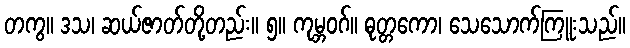
တကွ။ ဒသ၊ ဆယ်ဇာတ်တို့တည်း။ ၅။ ကုမ္ဘဝဂ်။ ဓုတ္တကော၊ သေသောက်ကြူးသည်။